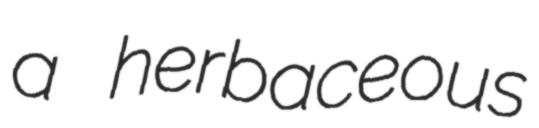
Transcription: a herbaceous